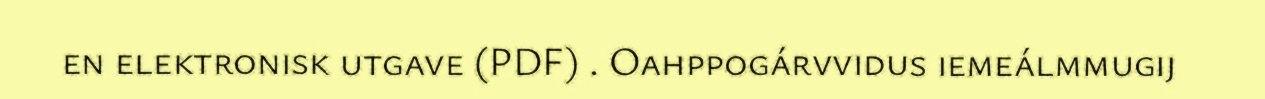
en elektronisk utgave (PDF) . Oahppogárvvidus iemeálmmugij